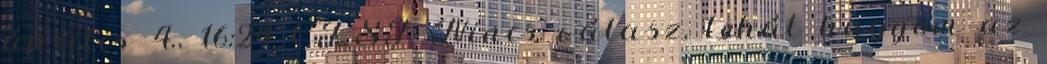
április 4., 16:24 CEST Nincs válasz, tehát hagyom az